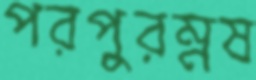
পরপুরম্নষ